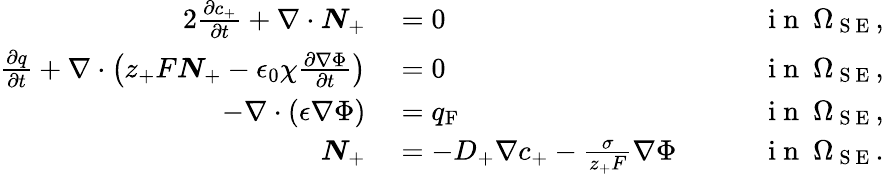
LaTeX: \begin{array}{rlrl}{{2}\frac{\partial c_{+}}{\partial t}+\nabla\cdot\boldsymbol{N}_{+}}&{{}=0}&{}&{{}\mathrm{~i~n~}\ \Omega_{\mathrm{~S~E~}},}\\ {\frac{\partial q}{\partial t}+\nabla\cdot\left(z_{+}F\boldsymbol{N}_{+}-\epsilon_{0}\chi\frac{\partial\nabla\Phi}{\partial t}\right)}&{{}=0}&{}&{{}\mathrm{~i~n~}\ \Omega_{\mathrm{~S~E~}},}\\ {-\nabla\cdot(\epsilon\nabla\Phi)}&{{}=q_{\mathrm{F}}}&{}&{{}\mathrm{~i~n~}\ \Omega_{\mathrm{~S~E~}},}\\ {\boldsymbol{N}_{+}}&{{}=-D_{+}\nabla c_{+}-\frac{\sigma}{z_{+}F}\nabla\Phi\quad}&{}&{{}\mathrm{~i~n~}\ \Omega_{\mathrm{~S~E~}}.}\end{array}